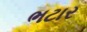
ભટાર